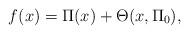
LaTeX: \begin{align*}f(x)=\Pi (x)+\Theta (x,\Pi_{0}),\end{align*}